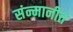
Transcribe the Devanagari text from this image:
संन्मानीत